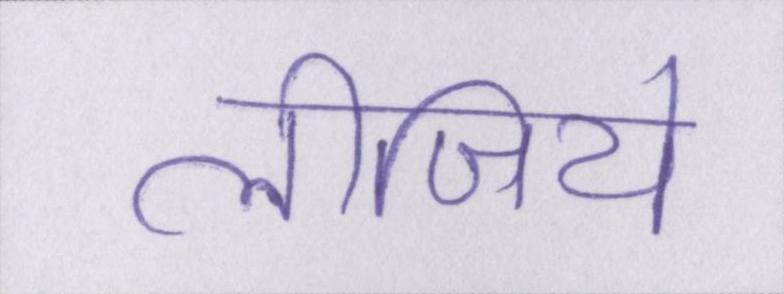
लीजिये